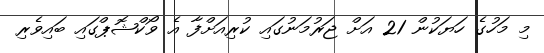
މި މަހުގެ ހަޔަކުން 21 އަށް ޖަރުމަނުގައި ކުރިއަށްފާ އެ ވޯކްޝޮޕްގައި ބައިވެރި